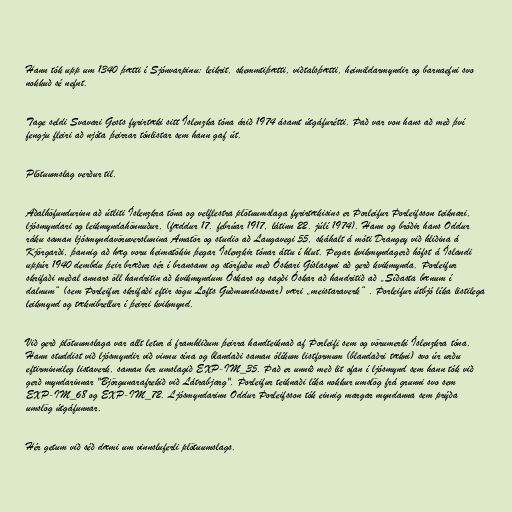
Hann tók upp um 1340 þætti í Sjónvarpinu: leikrit, skemmtiþætti, viðtalsþætti, heimildarmyndir og barnaefni svo
nokkuð sé nefnt.

Tage seldi Svavari Gests fyrirtæki sitt Íslenzka tóna árið 1974 ásamt útgáfurétti. Það var von hans að með því
fengju fleiri að njóta þeirrar tónlistar sem hann gaf út.

Plötuumslag verður til.

Aðalhöfundurinn að útliti Íslenzkra tóna og velflestra plötuumslaga fyrirtækisins er Þorleifur Þorleifsson teiknari,
ljósmyndari og leikmyndahönnuður, (fæddur 17. febrúar 1917, látinn 22. júlí 1974). Hann og bróðir hans Oddur
ráku saman ljósmyndavöruverslunina Amatör og studio að Laugavegi 55, skáhalt á móti Drangey við hliðina á
Kjörgarði, þannig að hæg voru heimatökin þegar Íslenzkir tónar áttu í hlut. Þegar kvikmyndagerð hófst á Íslandi
uppúr 1940 dembdu þeir bræður sér í bransann og störfuðu með Óskari Gíslasyni að gerð kvikmynda. Þorleifur
skrifaði meðal annars öll handritin að kvikmyndum Óskars og sagði Óskar að handritið að „Síðasta bænum í
dalnum“ (sem Þorleifur skrifaði eftir sögu Lofts Guðmundssonar) væri „meistaraverk“ . Þorleifur útbjó líka listilega
leikmynd og tæknibrellur í þeirri kvikmynd.

Við gerð plötuumslaga var allt letur á framhliðum þeirra handteiknað af Þorleifi sem og vörumerki Íslenzkra tóna.
Hann studdist við ljósmyndir við vinnu sína og blandaði saman ólíkum listformum (blandaðri tækni) svo úr urðu
eftirminnileg listaverk, saman ber umslagið EXP-IM_35. Það er unnið með lit ofan í ljósmynd sem hann tók við
gerð myndarinnar "Björgunarafrekið við Látrabjarg". Þorleifur teiknaði líka nokkur umslög frá grunni svo sem
EXP-IM_68 og EXP-IM_72. Ljósmyndarinn Oddur Þorleifsson tók einnig margar myndanna sem prýða
umslög útgáfunnar.

Hér getum við séð dæmi um vinnsluferli plötuumslags.